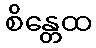
စိန္တေထ